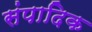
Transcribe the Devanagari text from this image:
संपादिक